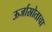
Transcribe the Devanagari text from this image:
ऊर्जास्रोताचा